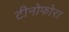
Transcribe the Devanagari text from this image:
टीनोफोरा